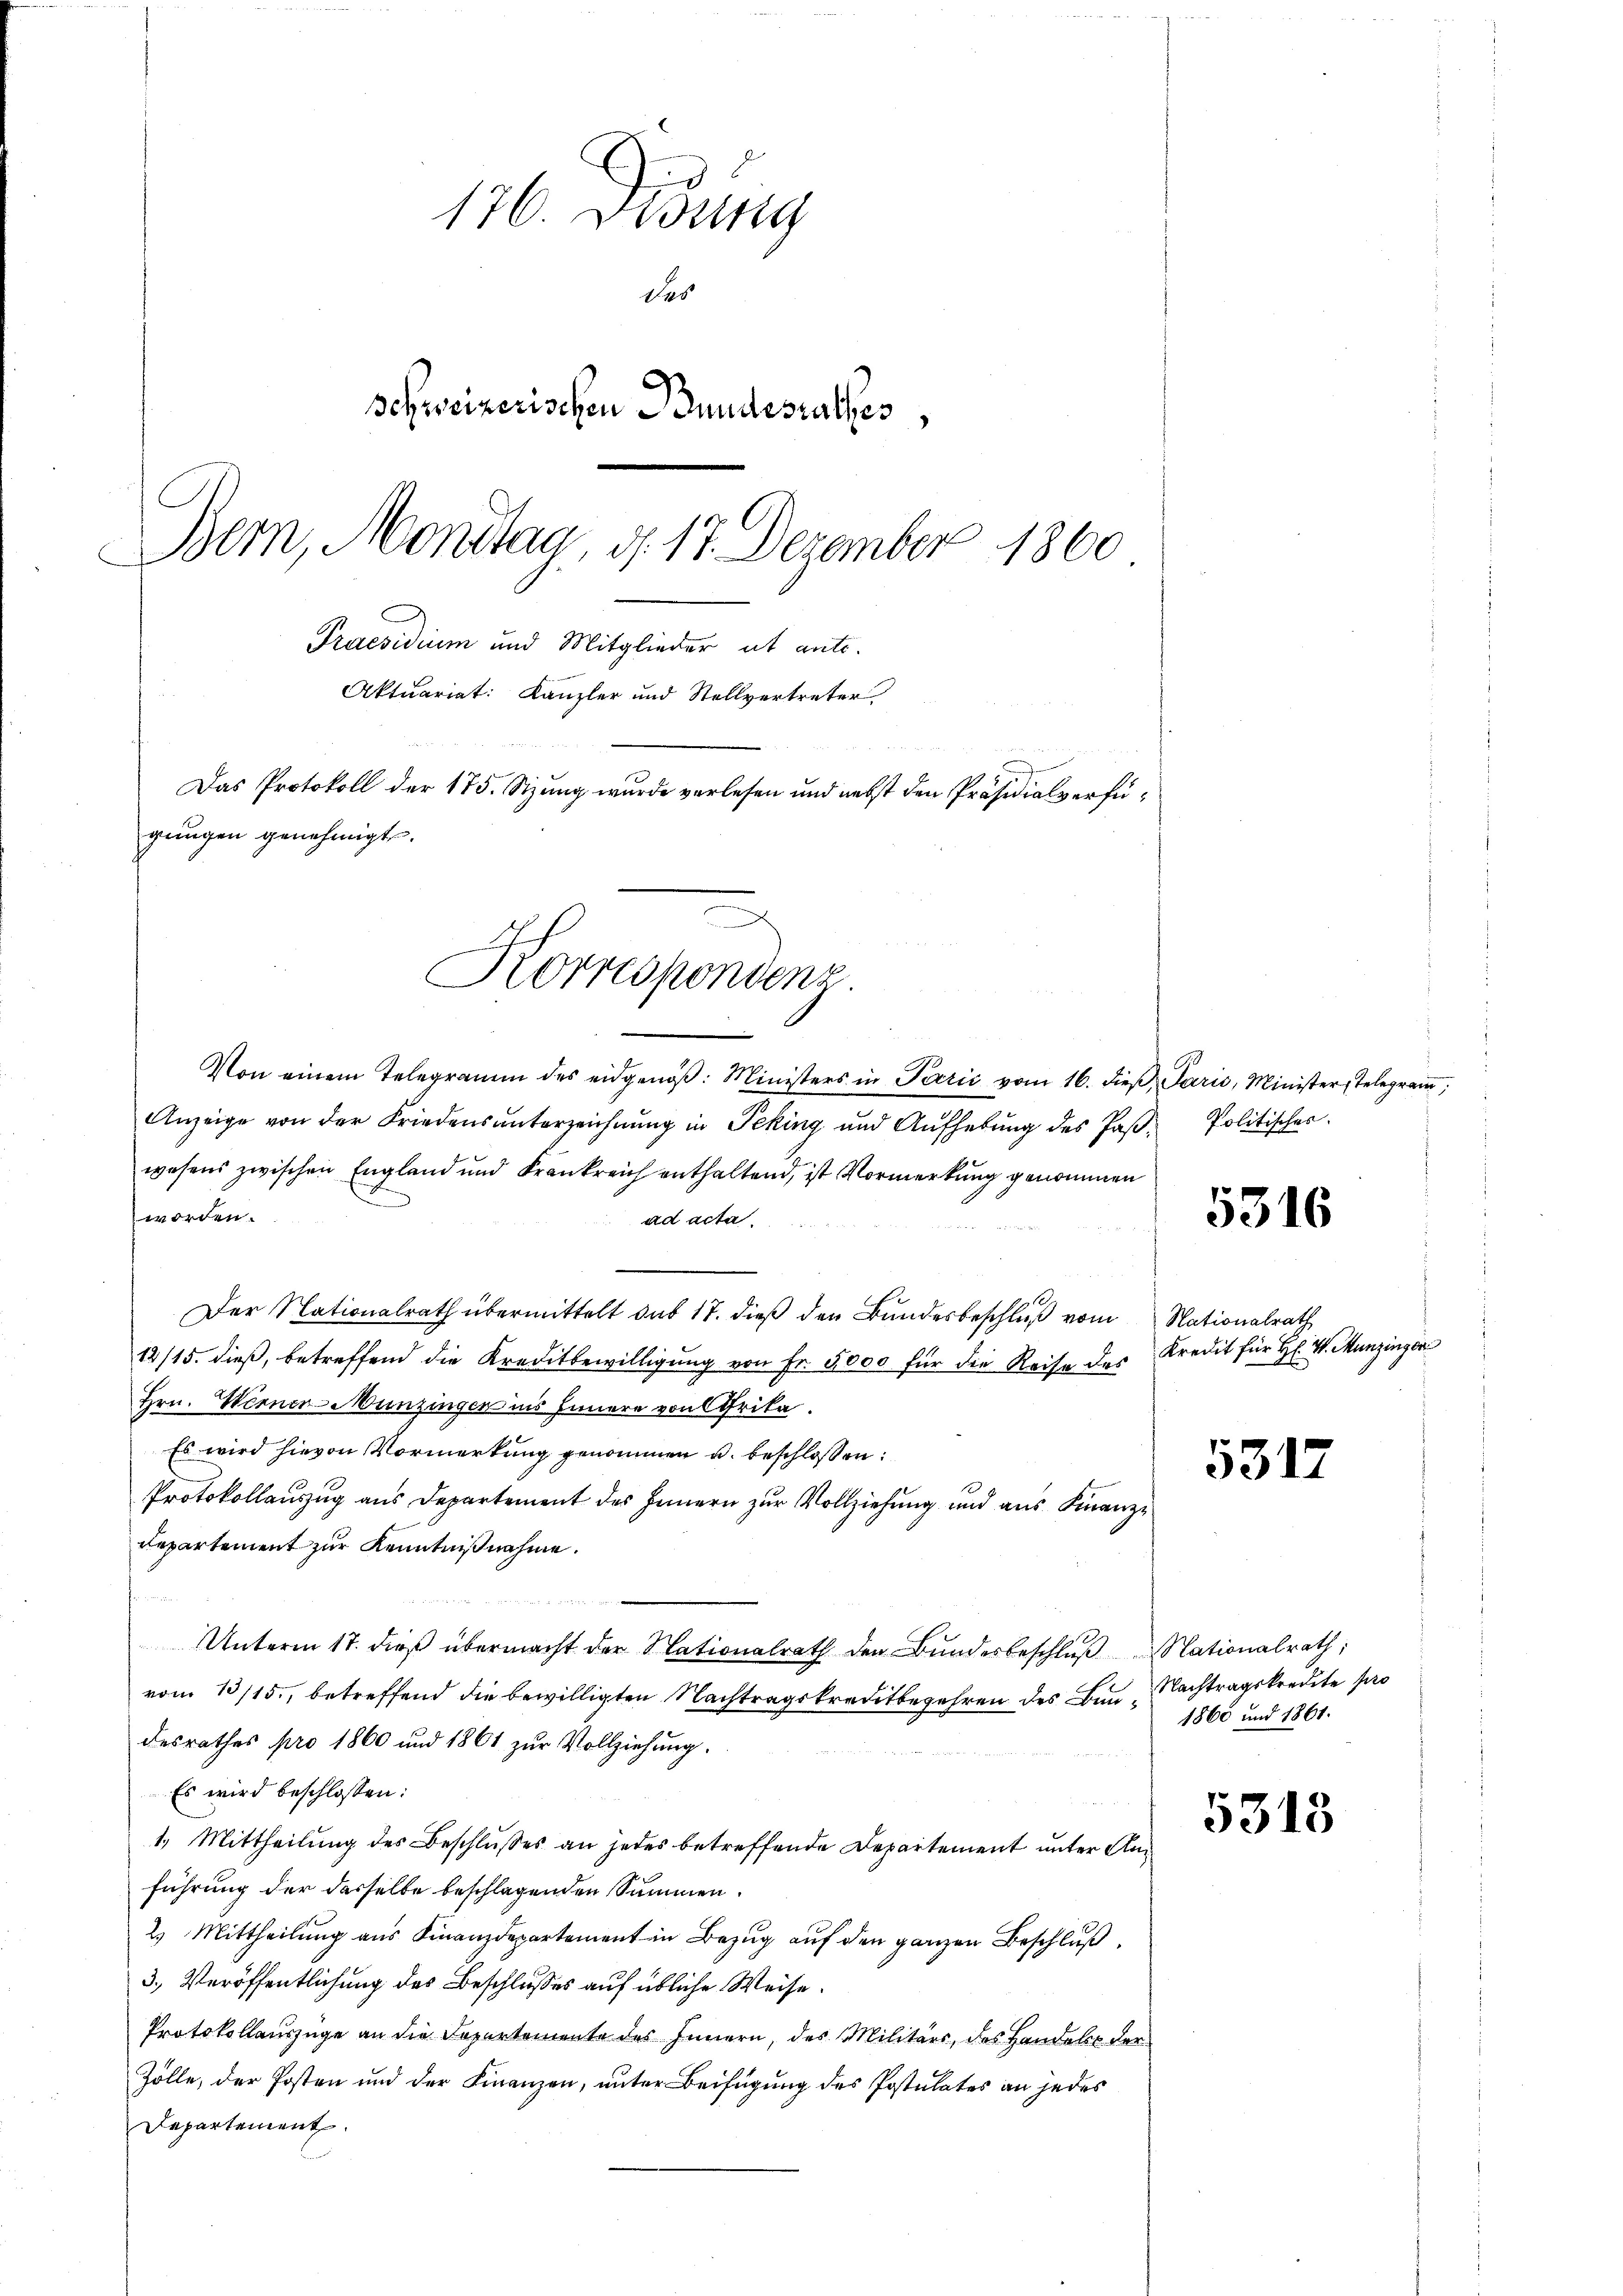
176. Disung
das
Schweizerischen Bundesrathes,
Bern, Monitag, d. 17. Dezember 1860
Praesidium und Mitglieder ut ante.
Aktuariat: Kanzler und Stellvertreter
Das Protokoll der 175. Sizung wurde verlesen und nebst den Präsidialverfügungen genehmigt.

Von einem Telegramm des eidgenöβ: Ministers in Perić vom 16. dieβ, Paris, Ministerstelegram
Anzeige von der Friedens unterzeichnung in Peking und Aŭfhebŭng des Paβ- Politischer.
wesens zwischen England und Frankreich enthaltend, ist Vormerkung genommen
worden.
ad acta.
Der Nationalrath übermittelt das 17. dieß den Bundesbeschluß vom Nationalrath
12/15. dieß, betreffend die Kreditbewilligung von Fr. 5000 für die Reise des
Hrn. Werner-Münzingen ins Innern von Afrika.
Es wird hievon Vormerkung genommen u. beschlossen:
Protokollauszug aus Departement des Innern zur Vollziehung und aus Finanz¬
Departement zur Kenntnißnahme.
Unterm 17. dieß übermacht der Nationalrath den Bundesbeschlŭβ Nationalrath,
vom 10/15., betreffend die bewilligten Nachtragskreitbegehren des Bundesrathes pro 1860 und 1861 zur Vollziehung.
Es wird beschlossen:
1.) Mittheilung des Beschlußes an jedes betreffende Departement unter Anführung der dasselbe beschlagenden Summen.
2) Mittheilung aus Finanzdepartement in Bezug auf den ganzen Beschluß
3.) Veröffentlichung des Beschlusses auf übliche Weise.
Protokollauszüge an die Departemente des Innern, des Militärs, des Handels der
Zölle, der Posten und der Finanzen, unter Beifügung des Postulates an jedes
Departement.

x
Korrespondenz.

5316

Kredit für H: v. Munzinger

5317

Nachtragskredite pro
1868 und 1861.

5318